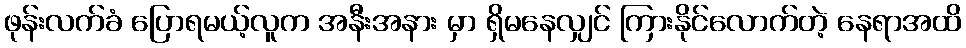
ဖုန်းလက်ခံ ပြောရမယ့်လူက အနီးအနား မှာ ရှိမနေလျှင် ကြားနိုင်လောက်တဲ့ နေရာအထိ